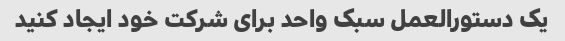
یک دستورالعمل سبک واحد برای شرکت خود ایجاد کنید